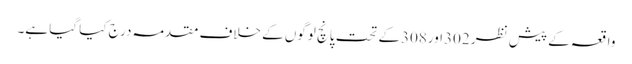
واقعہ کے پیش نظر 302اور308کے تحت پانچ لوگوں کے خلاف مقدمہ درج کیا گیا ہے۔